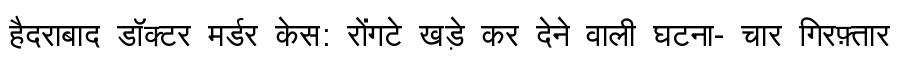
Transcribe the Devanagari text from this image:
हैदराबाद डॉक्टर मर्डर केस: रोंगटे खड़े कर देने वाली घटना- चार गिरफ़्तार